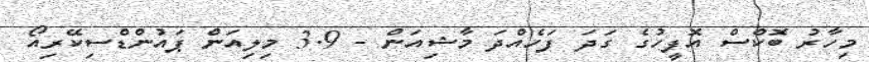
މިހާރު ބޮކްސް އޮފީހުގެ ގަދަ ފަހެއްދަ މާޝިއަން - 3.9 މިލިއަން ޕައުންޑްސިކޭރިއޯ